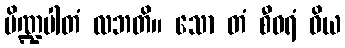
ပိဏ္ဍပါတံ လဘတိ။ သော တံ စီဝရံ ဝိယ